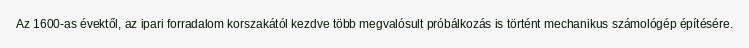
Az 1600-as évektől, az ipari forradalom korszakától kezdve több megvalósult próbálkozás is történt mechanikus számológép építésére.